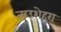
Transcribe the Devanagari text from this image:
नाउशेहरा